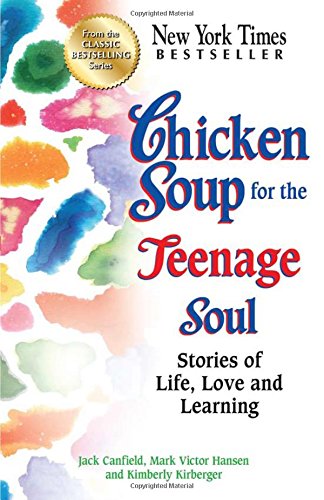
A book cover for Chicken Soup for the Teenage Soul: Stories of Life, Love and Learning (Chicken Soup for the Soul); Jack Canfield; Christian Books & Bibles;